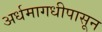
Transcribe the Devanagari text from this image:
अर्धमागधीपासून